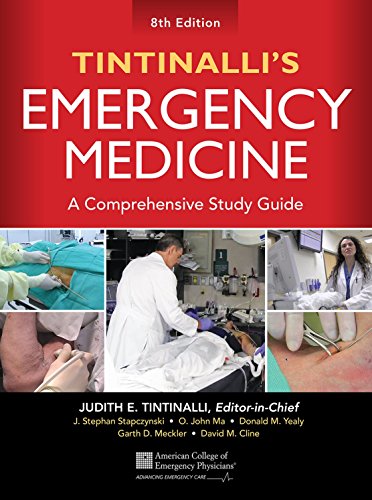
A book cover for Tintinalli's Emergency Medicine: A Comprehensive Study Guide, 8th edition; Judith Tintinalli; Medical Books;